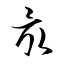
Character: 最